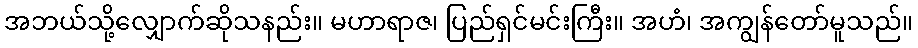
အဘယ်သို့လျှောက်ဆိုသနည်း။ မဟာရာဇ၊ ပြည်ရှင်မင်းကြီး။ အဟံ၊ အကျွန်တော်မူသည်။